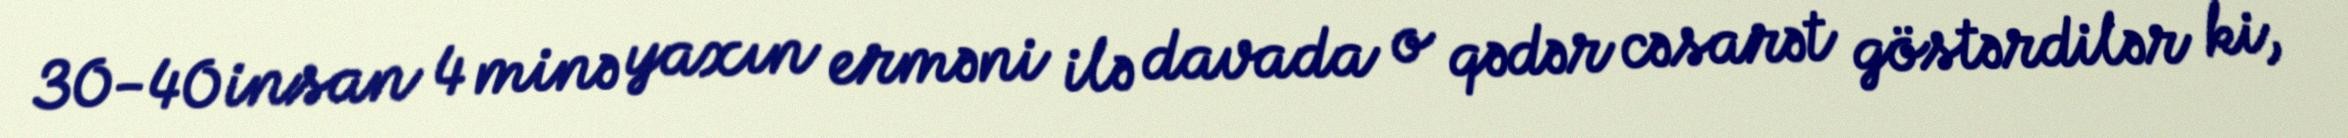
30-40 insan 4 minə yaxın erməni ilə davada o qədər cəsarət göstərdilər ki,